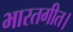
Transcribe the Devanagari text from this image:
भारतगीत।